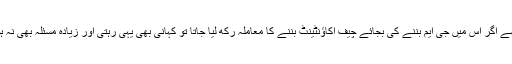
ویسے اگر اس میں جی ایم بننے کی بجائے چیف اکاؤنٹینٹ بننے کا معاملہ رکھ لیا جاتا تو کہانی بھی یہی رہتی اور زیادہ مسئلہ بھی نہ ہوتا۔